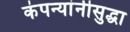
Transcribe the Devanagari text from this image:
कंपन्यांनीसुद्धा